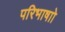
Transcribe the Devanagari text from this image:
परिभाषाो